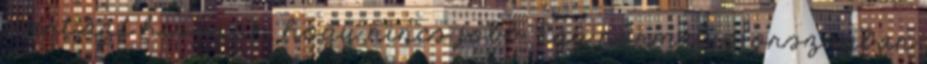
mert azt hisszük, hogy nincs jobb. Egy normális országban